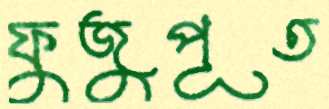
ফুজুপূত